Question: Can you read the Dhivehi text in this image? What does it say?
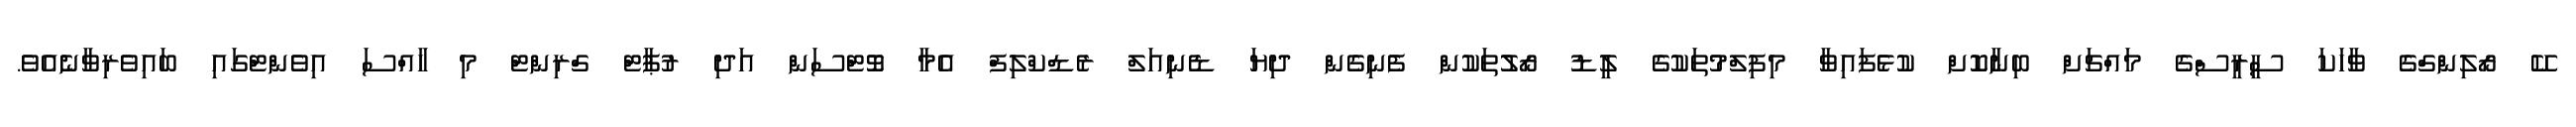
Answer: ކޭ ރޯލިންގްގެ ވާހަކަ ސީރީސްގެ މައްޗަށް ބިނާކޮށް ކުޅެފައިވާ މިފިލްމުތަކުގެ ލީޑު ރޯލުތަކުން ފެނިގެން ދިޔަ ޑެނިއަލް ރެޑްކްލިފް އެމާ ވޮޓްސަން އަދި ރުޕާޓް ގްރިންޓް މި ހާއްސަ އިވެންޓްގައި ބައިވެރިވާނެއެވެ.